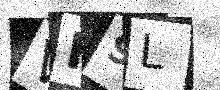
Text: VI9L